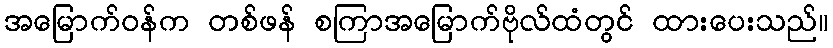
အမြောက်ဝန်က တစ်ဖန် စကြာအမြောက်ဗိုလ်ထံတွင် ထားပေးသည်။